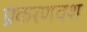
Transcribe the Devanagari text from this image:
प्रकरणवश